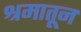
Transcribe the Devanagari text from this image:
श्रमातून